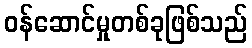
ဝန်ဆောင်မှုတစ်ခုဖြစ်သည်